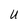
Character: U